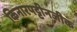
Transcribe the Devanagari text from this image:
किनारपट्टीनजीक